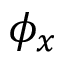
\phi _ { x }